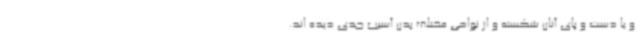
و یا دست و پای آنان شکسته و از نواحی مختلف بدن آسیب جدی دیده اند.